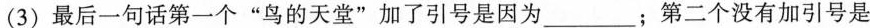
(3)最后一句话第一个”鸟的天堂”加了引号是因为___；第二个没有加引号是